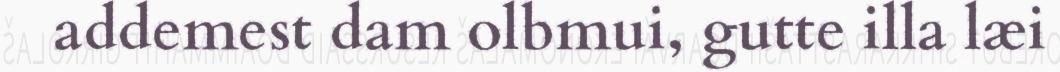
addemest dam olbmui, gutte illa læi